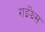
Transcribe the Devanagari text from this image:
राईझेस